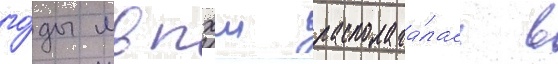
го́ды мвпхш располага́лась в